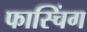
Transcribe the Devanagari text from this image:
फास्चिंग